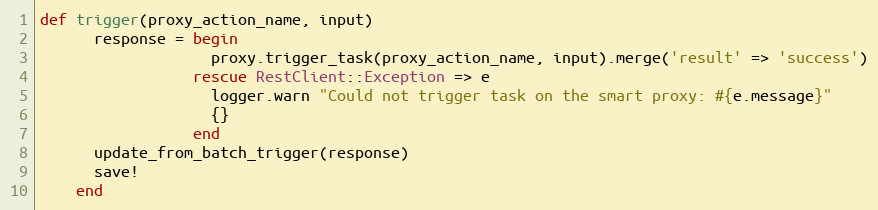
Language: Ruby
def trigger(proxy_action_name, input)
      response = begin
                   proxy.trigger_task(proxy_action_name, input).merge('result' => 'success')
                 rescue RestClient::Exception => e
                   logger.warn "Could not trigger task on the smart proxy: #{e.message}"
                   {}
                 end
      update_from_batch_trigger(response)
      save!
    end